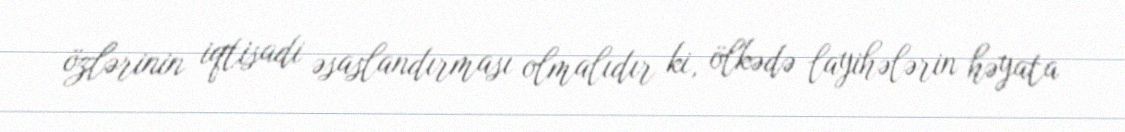
özlərinin iqtisadi əsaslandırması olmalıdır ki, ölkədə layihələrin həyata